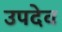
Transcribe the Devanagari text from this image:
उपदेव